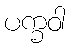
ပက္ခဝါ